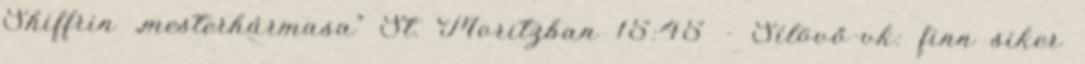
Shiffrin „mesterhármasa” St. Moritzban 15:45 - Sílövő-vk: finn siker